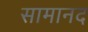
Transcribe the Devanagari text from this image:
सामानद